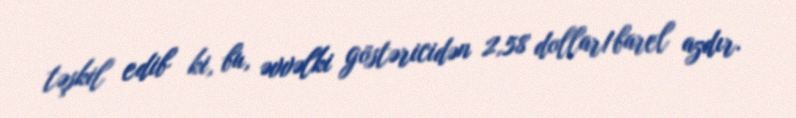
təşkil edib ki, bu, əvvəlki göstəricidən 2,58 dollar/barel azdır.